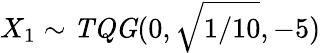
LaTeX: X_{1}\sim\mathit{TQG}(0,\sqrt{{1}/{10}},-5)